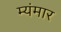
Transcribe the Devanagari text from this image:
म्यंमार